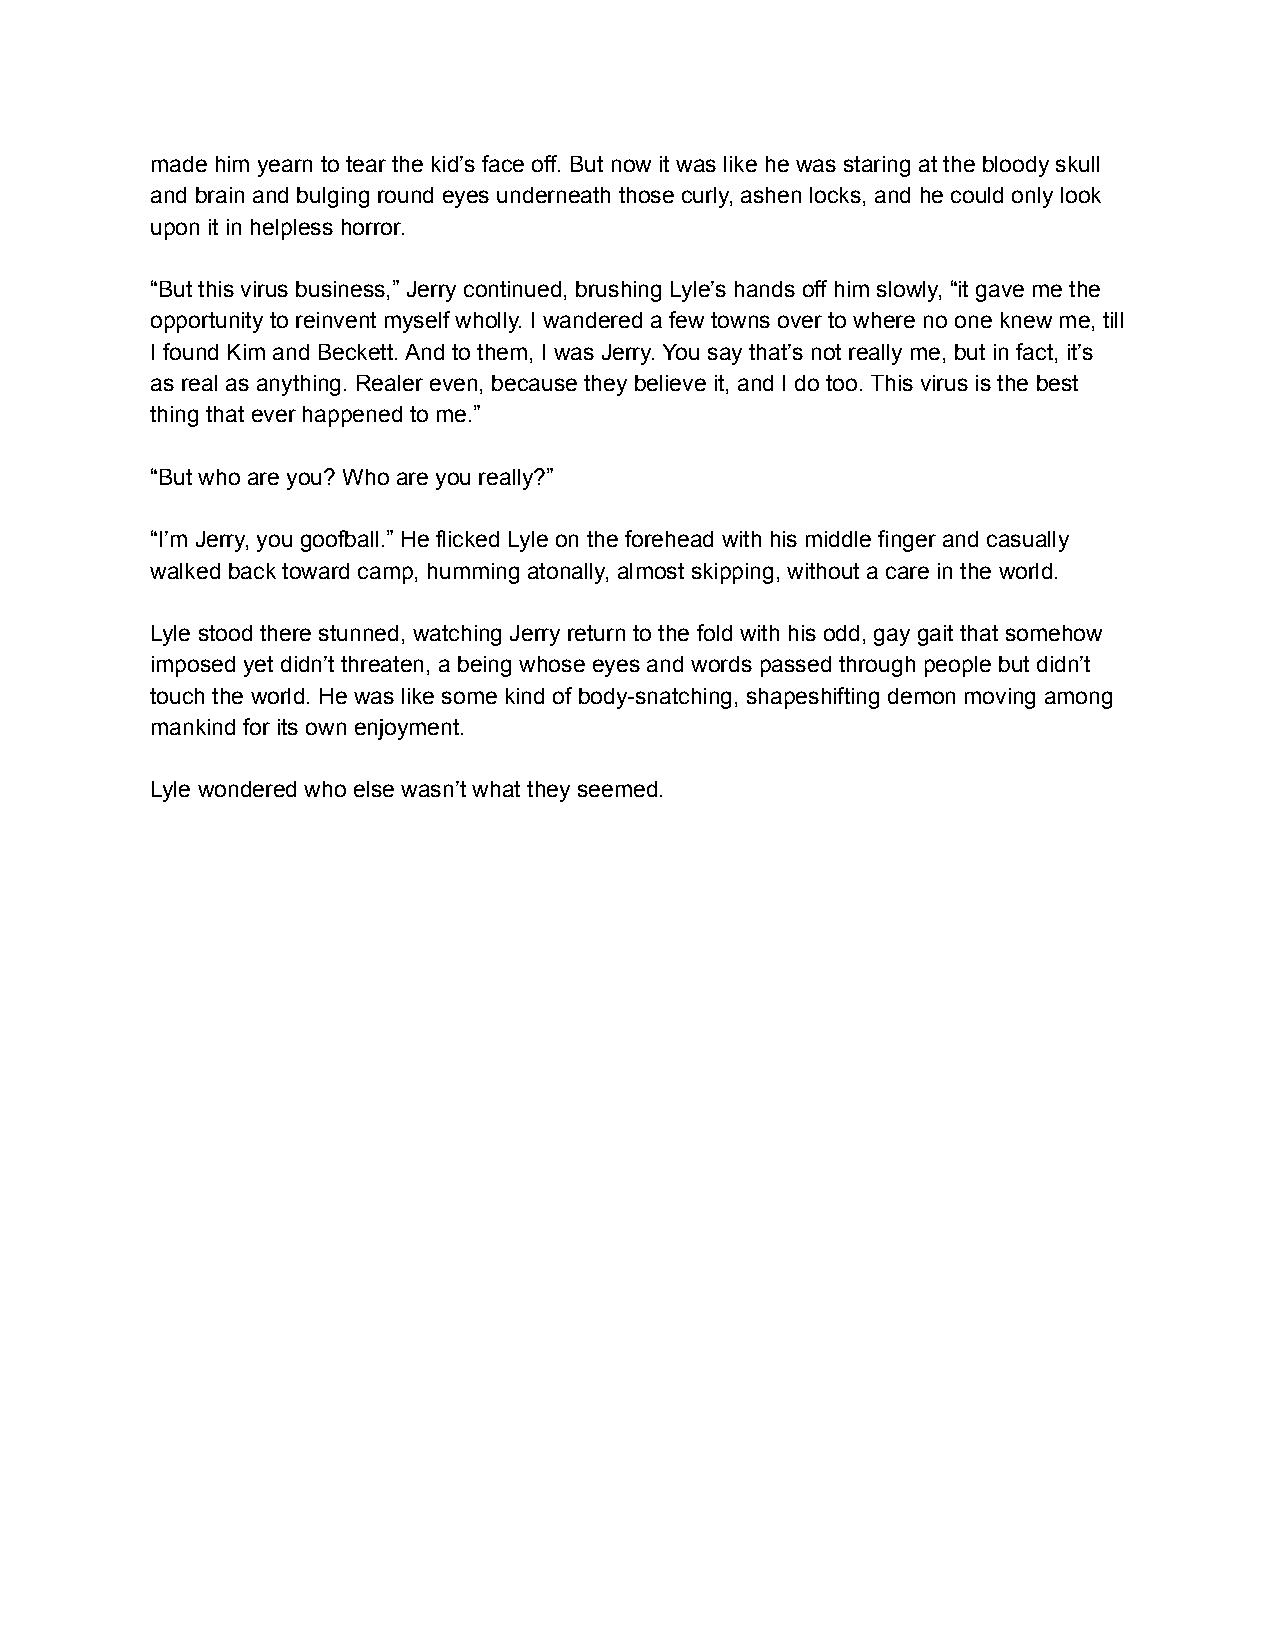
made him yearn to tear the kid’s face off. But now it was like he was staring at the bloody skull
 and brain and bulging round eyes underneath those curly, ashen locks, and he could only look
 upon it in helpless horror.
 “But this virus business,” Jerry continued, brushing Lyle’s hands off him slowly, “it gave me the
 opportunity to reinvent myself wholly. I wandered a few towns over to where no one knew me, till
 I found Kim and Beckett. And to them, I was Jerry. You say that’s not really me, but in fact, it’s
 as real as anything. Realer even, because they believe it, and I do too. This virus is the best
 thing that ever happened to me.”
 “But who are you? Who are you really?”
 “I’m Jerry, you goofball.” He flicked Lyle on the forehead with his middle finger and casually
 walked back toward camp, humming atonally, almost skipping, without a care in the world.
 Lyle stood there stunned, watching Jerry return to the fold with his odd, gay gait that somehow
 imposed yet didn’t threaten, a being whose eyes and words passed through people but didn’t
 touch the world. He was like some kind of body-snatching, shapeshifting demon moving among
 mankind for its own enjoyment.
 Lyle wondered who else wasn’t what they seemed.